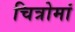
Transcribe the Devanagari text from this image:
चित्रोमां